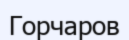
Горчаров